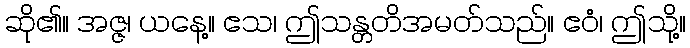
ဆို၏။ အဇ္ဇ၊ ယနေ့။ ဧသ၊ ဤသန္တတိအမတ်သည်။ ဧဝံ၊ ဤသို့။